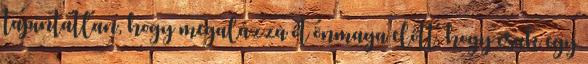
tapintatlan, hogy megalázza őt önmaga előtt, hogy csak egy